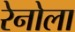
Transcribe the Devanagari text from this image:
रेनोला